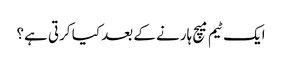
ایک ٹیم میچ ہارنے کے بعد کیا کرتی ہے؟